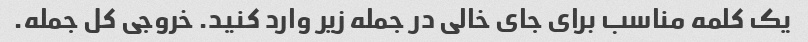
یک کلمه مناسب برای جای خالی در جمله زیر وارد کنید. خروجی کل جمله.